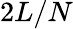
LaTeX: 2L/N